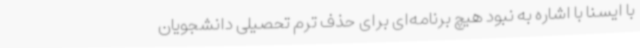
با ایسنا با اشاره به نبود هیچ برنامه‌ای برای حذف ترم تحصیلی دانشجویان